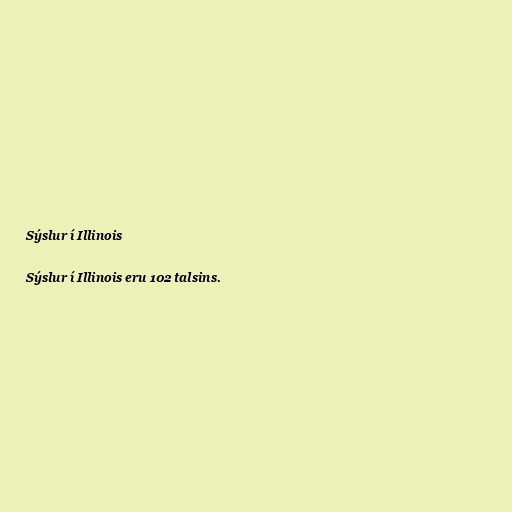
Sýslur í Illinois

Sýslur í Illinois eru 102 talsins.